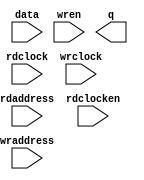
module instr_mem (
	data,
	rdaddress,
	rdclock,
	rdclocken,
	wraddress,
	wrclock,
	wren,
	q);

	input	[15:0]  data;
	input	[11:0]  rdaddress;
	input	  rdclock;
	input	  rdclocken;
	input	[11:0]  wraddress;
	input	  wrclock;
	input	  wren;
	output	[15:0]  q;
`ifndef ALTERA_RESERVED_QIS
// synopsys translate_off
`endif
	tri1	  rdclocken;
	tri1	  wrclock;
	tri0	  wren;
`ifndef ALTERA_RESERVED_QIS
// synopsys translate_on
`endif

endmodule